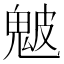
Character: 𩲢